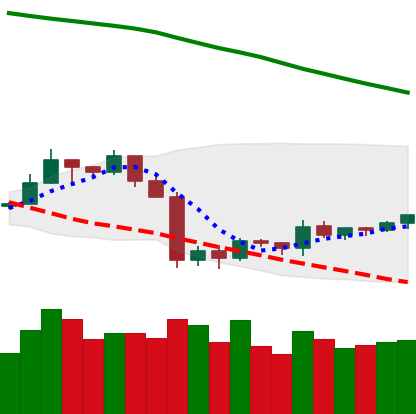
Ticker: TRX-USD
Chart end date: 2019-10-05
Forward return: 7.94%
Label: up_7plus